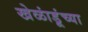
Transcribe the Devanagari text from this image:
खेळांडूंच्या